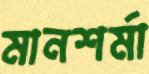
মানশর্মা